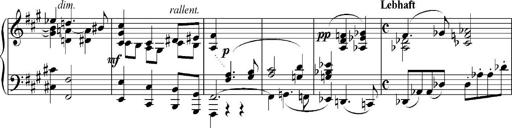
Title: Sonatina No.5
Composer: Otto Stoll
Key: F-sharp minor